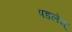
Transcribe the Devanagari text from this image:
पडलेम्